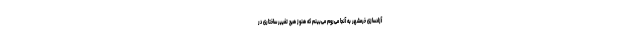
آزادسازی خرمشهر به آنجا می‌روم می‌بینم که هنوز هیچ تغییر ساختاری در